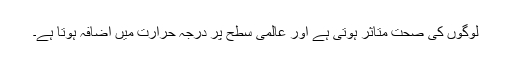
لوگوں کی صحت متاثر ہوتی ہے اور عالمی سطح پر درجہ حرارت میں اضافہ ہوتا ہے۔